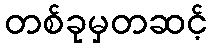
တစ်ခုမှတဆင့်